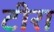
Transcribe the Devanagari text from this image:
टीरा